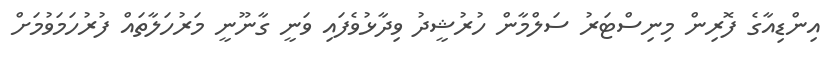
އިންޑިއާގެ ފޮރިން މިނިސްޓަރު ސަލްމާން ހުރުޝީދު ވިދާޅުވެފައި ވަނީ ގާނޫނީ މަރުހަލާތައް ފުރުހަމަވުމަށް